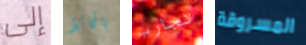
إلى بالحائط تجارب المسروقة